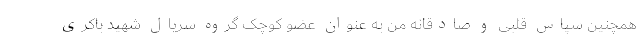
همچنین سپاس قلبی و صادقانه من به عنوان عضو کوچک گروه سریال شهید باکری